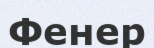
Фенер